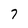
Character: 7